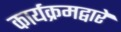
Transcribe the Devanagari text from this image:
कार्यक्रमद्वारे